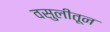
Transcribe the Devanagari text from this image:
वसुलीतून